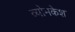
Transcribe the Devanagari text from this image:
व्‍योमकेश